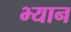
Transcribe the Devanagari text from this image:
भ्यान